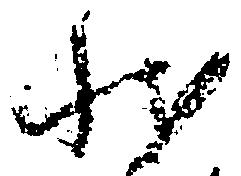
状